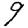
Digit: 9